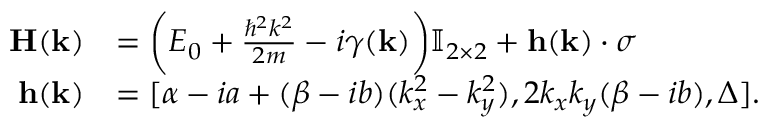
\begin{array} { r l } { \mathbf { H } ( \mathbf { k } ) } & { = \bigg ( E _ { 0 } + \frac { \hbar ^ { 2 } k ^ { 2 } } { 2 m } - i \gamma ( \mathbf { k } ) \bigg ) \mathbb { I } _ { 2 \times 2 } + \mathbf { h } ( \mathbf { k } ) \cdot \boldsymbol \sigma } \\ { \mathbf { h } ( \mathbf { k } ) } & { = [ \alpha - i a + ( \beta - i b ) ( k _ { x } ^ { 2 } - k _ { y } ^ { 2 } ) , 2 k _ { x } k _ { y } ( \beta - i b ) , \Delta ] . } \end{array}